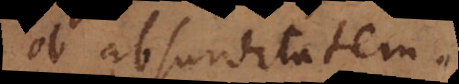
ob absurditatem.